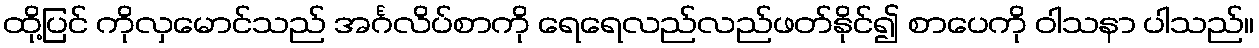
ထို့ပြင် ကိုလှမောင်သည် အင်္ဂလိပ်စာကို ရေရေလည်လည်ဖတ်နိုင်၍ စာပေကို ဝါသနာ ပါသည်။